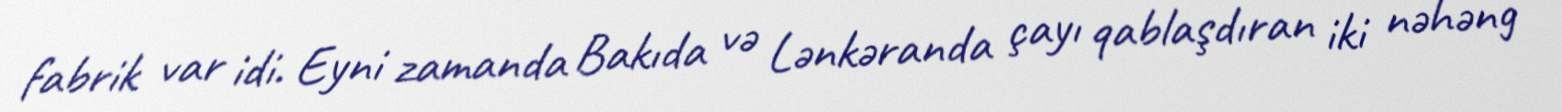
fabrik var idi. Eyni zamanda Bakıda və Lənkəranda çayı qablaşdıran iki nəhəng